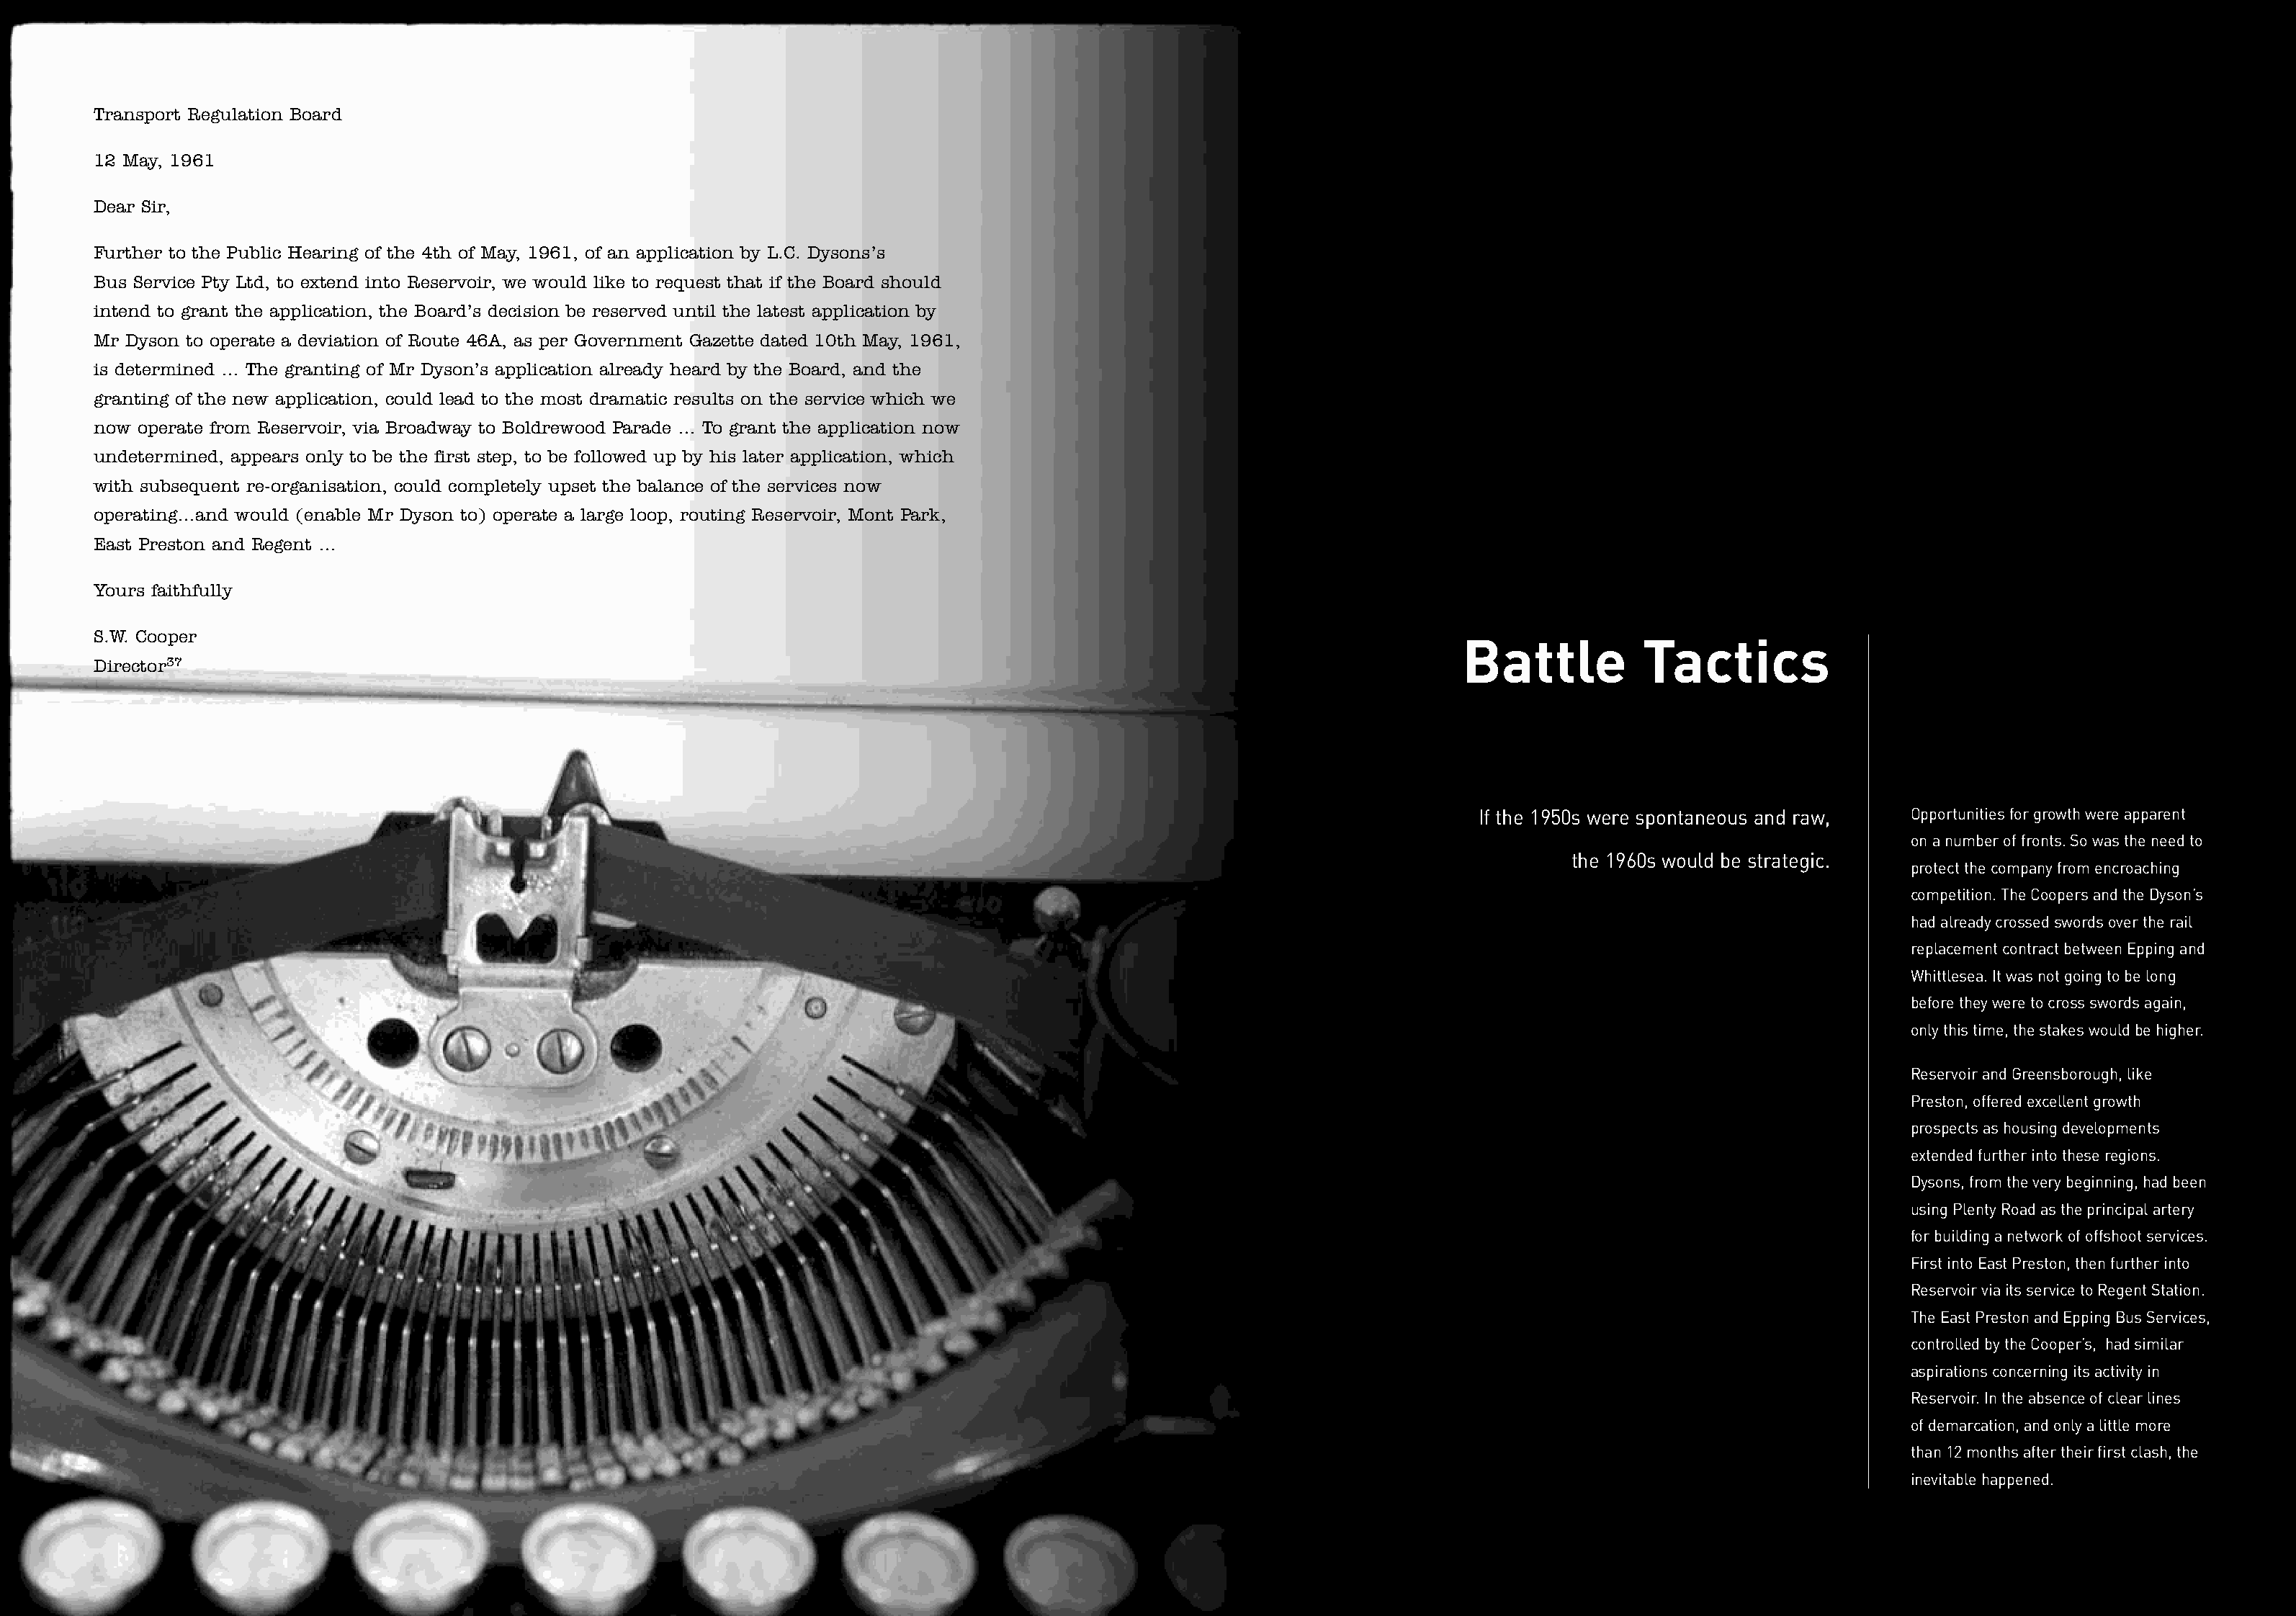
Transport Regulation Board
 12 May, 1961
 Dear Sir,
 Further to the Public Hearing of the 4th of May, 1961, of an application by L.C. Dysons’s
 Bus Service Pty Ltd, to extend into Reservoir, we would like to request that if the Board should
 intend to grant the application, the Board’s decision be reserved until the latest application by
 Mr Dyson to operate a deviation of Route 46A, as per Government Gazette dated 10th May, 1961,
 is determined … The granting of Mr Dyson’s application already heard by the Board, and the
 granting of the new application, could lead to the most dramatic results on the service which we
 now operate from Reservoir, via Broadway to Boldrewood Parade … To grant the application now
 undetermined, appears only to be the first step, to be followed up by his later application, which
 with subsequent re-organisation, could completely upset the balance of the services now
 operating…and would (enable Mr Dyson to) operate a large loop, routing Reservoir, Mont Park,
 East Preston and Regent …
 Yours faithfully
 S.W. Cooper
 Battle           Tactics
 Director37
 If the 1950s were spontaneous and raw,  Opportunities for growth were apparent
 on a number of fronts. So was the need to
 the 1960s would be strategic.
 protect the company from encroaching
 competition. The Coopers and the Dyson’s
 had already crossed swords over the rail
 replacement contract between Epping and
 Whittlesea. It was not going to be long
 before they were to cross swords again,
 only this time, the stakes would be higher.
 Reservoir and Greensborough, like
 Preston, offered excellent growth
 prospects as housing developments
 extended further into these regions.
 Dysons, from the very beginning, had been
 using Plenty Road as the principal artery
 for building a network of offshoot services.
 First into East Preston, then further into
 Reservoir via its service to Regent Station.
 The East Preston and Epping Bus Services,
 controlled by the Cooper’s, had similar
 aspirations concerning its activity in
 Reservoir. In the absence of clear lines
 of demarcation, and only a little more
 than 12 months after their first clash, the
 inevitable happened.
 m o v i n g w i t h t h e t i m e s 4 1